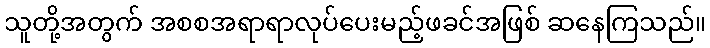
သူတို့အတွက် အစစအရာရာလုပ်ပေးမည့်ဖခင်အဖြစ် ဆနေကြသည်။